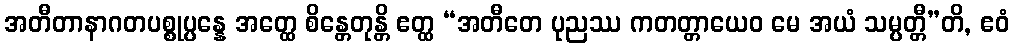
အတီတာနာဂတပစ္စုပ္ပန္နေ အတ္ထေ စိန္တေတုန္တိ ဧတ္ထ “အတီတေ ပုညဿ ကတတ္တာယေဝ မေ အယံ သမ္ပတ္တီ”တိ, ဧဝံ